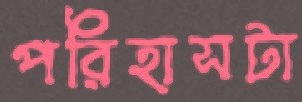
পরিহাসটা